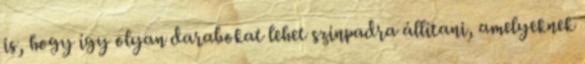
is, hogy így olyan darabokat lehet színpadra állítani, amelyeknek